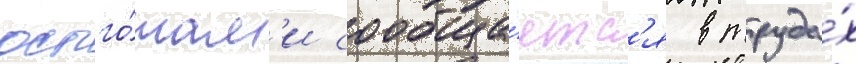
остго́там'и сообща́етс'я в труда́х